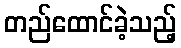
တည်ထောင်ခဲ့သည့်